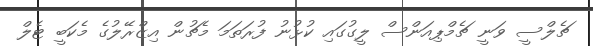
ޗެލްސީ ވަނީ ޗެމްޕިއަންސް ލީގުގައި ކުޅުނު ފުރަތަމަ މެޗުން އިޒްރޭލުގެ މެކަބީ ޓެލް